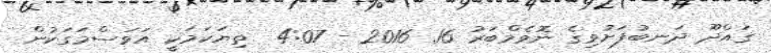
ގައްދޫ ދަނބުފަށުވިގެ ނޮވެމްބަރު 16